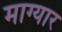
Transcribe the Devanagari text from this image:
माग्यार